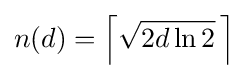
n(d)=\left\lceil {\sqrt {2d\ln 2}}\,\right\rceil